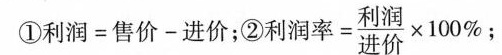
①$$利 润 = 售 价 - 进 价$$；②$$利 润 率 = \frac { 利 润 } { 进 价 } \times 1 0 0 %$$ ﹔